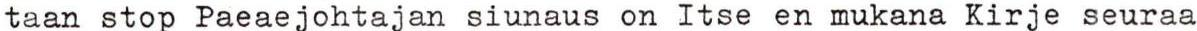
taan stop Paeaejohtajan siunaus on Itse en mukana Kirje seuraa